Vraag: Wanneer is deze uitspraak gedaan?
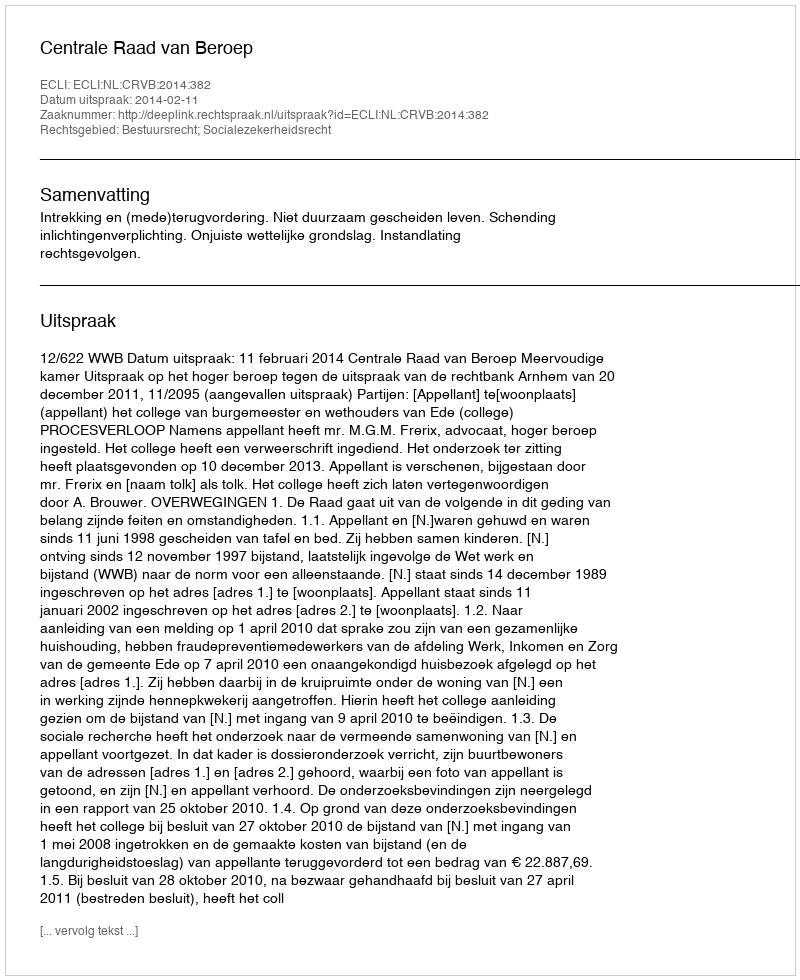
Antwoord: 2014-02-11